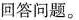
回答问题。